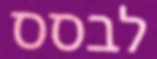
לבסס